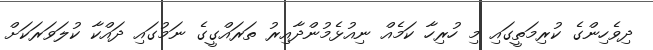
ދިވެހިންގެ ކުރިމަތީގައި މި ހުރިހާ ކަމެއް ނިއުޅެމުންދާއިރު ތަރައްގީގެ ނަމުގައި ދައްކާ ކުލަވަރަކަށް